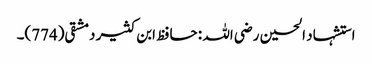
استشہاد الحسین رضی اللہ : حافظ ابن کثیر دمشقی(774)۔